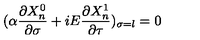
( \alpha \frac { \partial X _ { n } ^ { 0 } } { \partial \sigma } + i E \frac { \partial X _ { n } ^ { 1 } } { \partial \tau } ) _ { \sigma = l } = 0